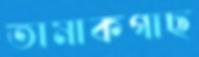
তামাকগাছ